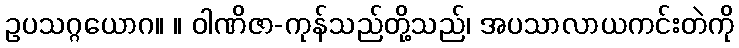
ဥပသဂ္ဂယောဂ။ ။ ဝါဏိဇာ-ကုန်သည်တို့သည်၊ အပသာလာယကင်းတဲကို